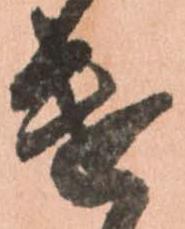
遣